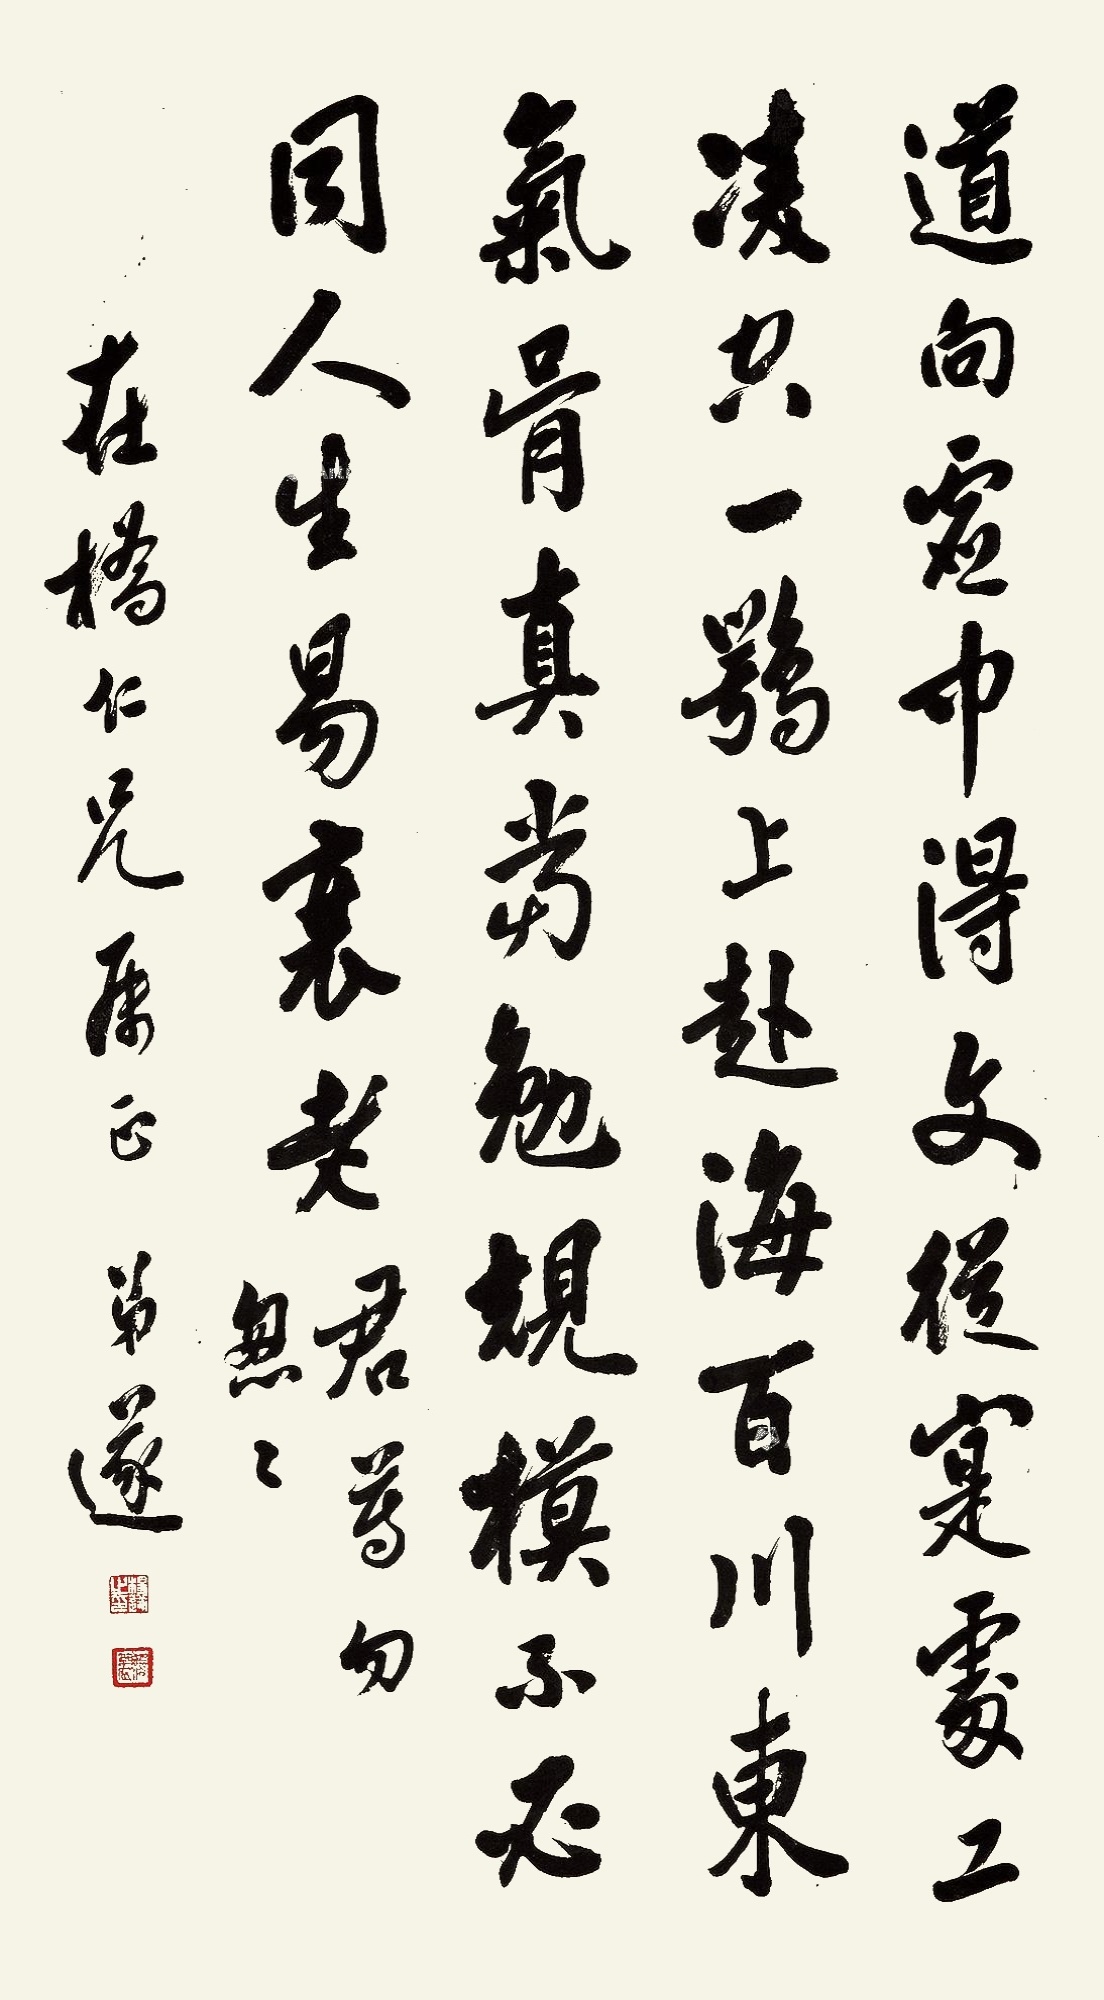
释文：道向虚中得，文从实处工。凌空一鹗上，赴海百川东。气骨真当勉，规模不必同。人生易衰老，君尊莫怱怱。在桥仁兄属正，弟遂。